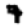
Digit: 9